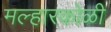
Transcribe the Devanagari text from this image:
मल्हारकोळी